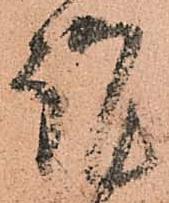
謹